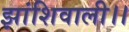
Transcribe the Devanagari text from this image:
झांशिवाली।।